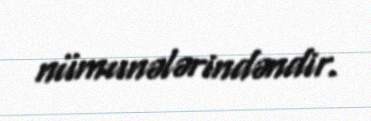
nümunələrindəndir.